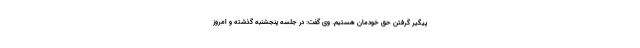
پیگیر گرفتن حق خودمان هستیم. وی گفت: در جلسه پنجشنبه گذشته و امروز